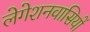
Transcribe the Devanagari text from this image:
लेगेशनवासियों